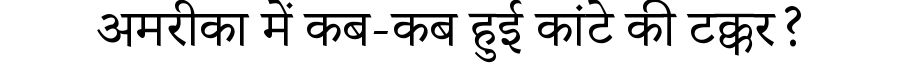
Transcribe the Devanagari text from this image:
अमरीका में कब-कब हुई कांटे की टक्कर?